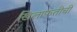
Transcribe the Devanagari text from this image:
खिलाफतीची